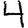
Digit: 4